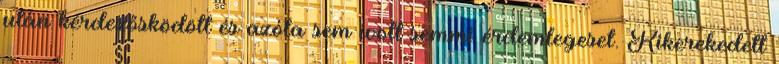
után kérdezősködött és azóta sem ivott semmi érdemlegeset. Kikerekedett